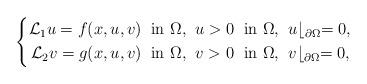
LaTeX: \begin{align*}\left\{\begin{alignedat}{2}\mathcal{L}_1 u =f(x,u,v)\;\;&\mbox{in $\Omega$,}\;\; u>0\;\;&& \mbox{in $\Omega$,}\;\; u\lfloor_{\partial\Omega}=0,\\\mathcal{L}_2 v =g(x,u,v)\;\;&\mbox{in $\Omega$,}\;\; v>0\;\;&& \mbox{in $\Omega$,}\;\; v\lfloor_{\partial\Omega}=0,\end{alignedat}\right.\end{align*}